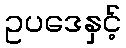
ဥပဒေနှင့်